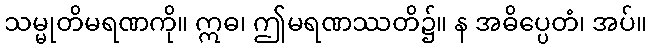
သမ္မုတိမရဏကို။ ဣဓ၊ ဤမရဏဿတိ၌။ န အဓိပ္ပေတံ၊ အပ်။